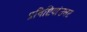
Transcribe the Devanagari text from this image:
प्रविष्टियांउलट